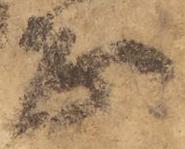
正